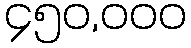
၄၅၀,၀၀၀